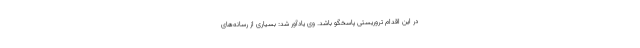
در این اقدام تروریستی پاسخگو باشد. وی یادآور شد: بسیاری از رسانه‌های